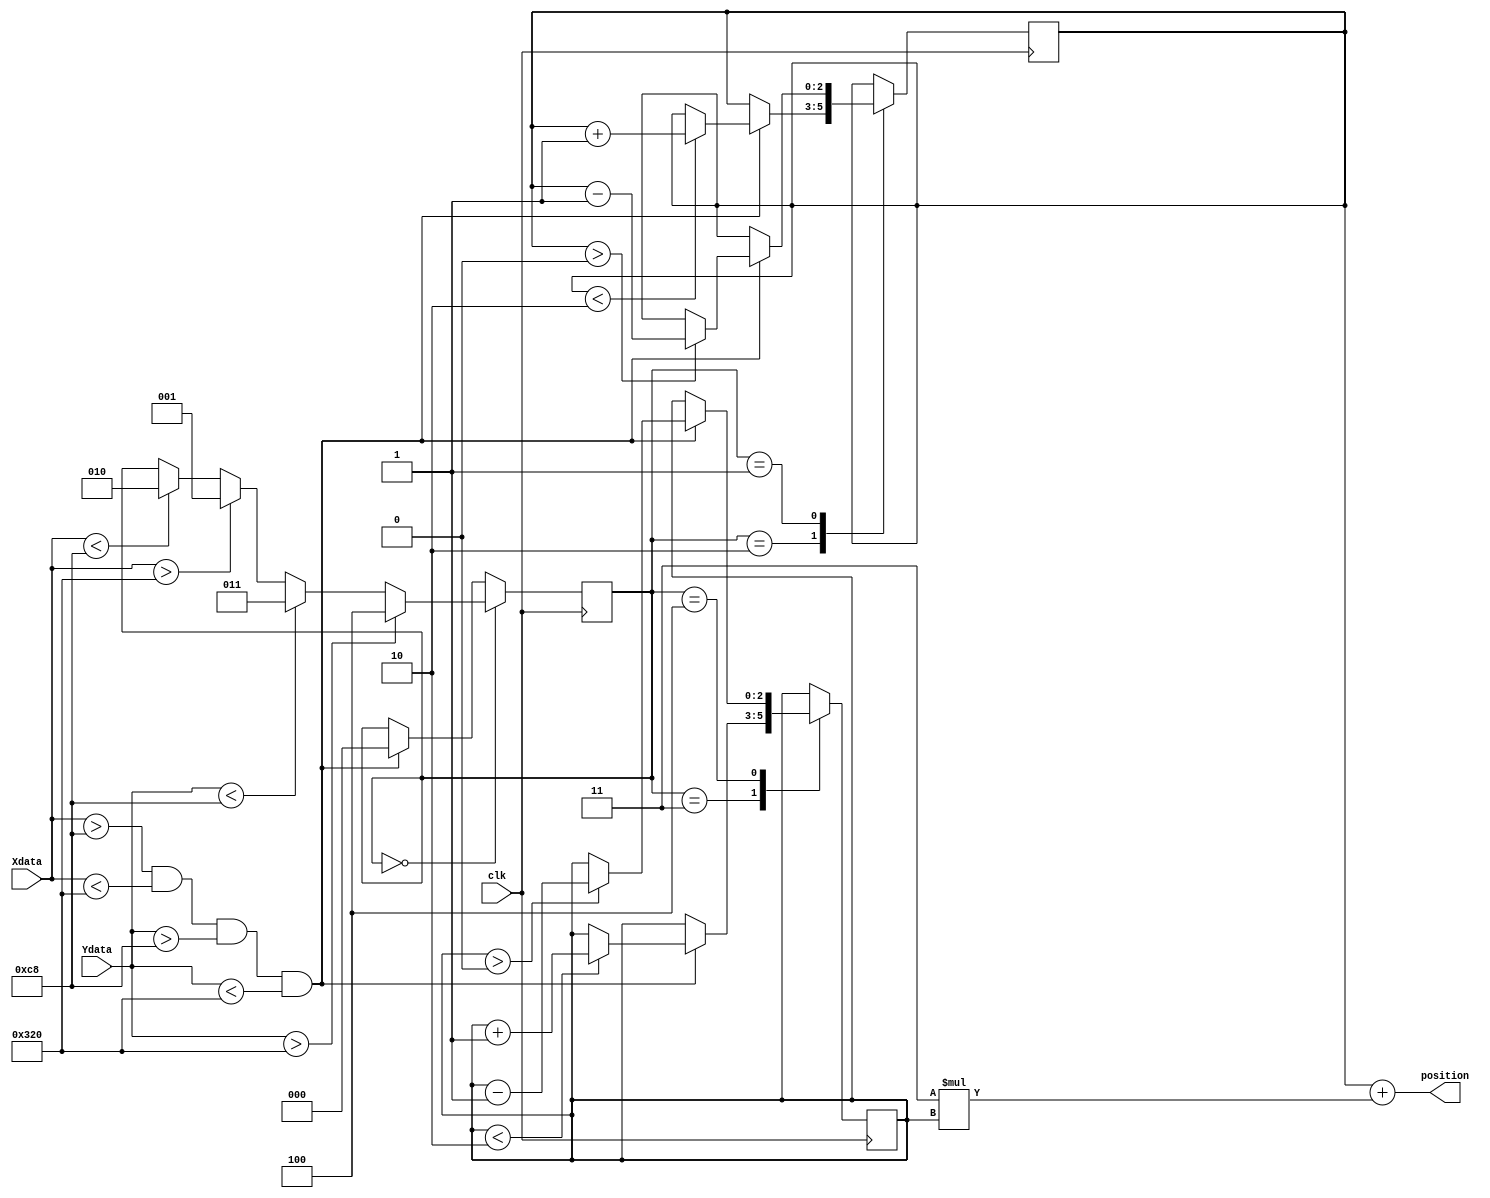
`timescale 1ns / 1ps
//////////////////////////////////////////////////////////////////////////////////
// Company: 
// Engineer: 
// 
// Design Name: 
// Module Name:    cursor_logic 
// Project Name: 
// Target Devices: 
// Tool versions: 
// Description: 
//
// Dependencies: 
//
// Revision: 
// Revision 0.01 - File Created
// Additional Comments: 
//
//////////////////////////////////////////////////////////////////////////////////
module cursor_logic(
//input
clk,
Xdata, Ydata,
//output
position
    );
input clk;
input [9:0] Xdata;
input [9:0] Ydata;
reg [2:0] Xpos = 1;
reg [2:0] Ypos = 1;
output [3:0] position;
reg [2:0] direction = 0;

`define NEUTRAL 0
`define LEFT 1
`define RIGHT 2
`define UP 3
`define DOWN 4

`define LOW_THRESH 200
`define HIGH_THRESH 800

assign position = Xpos + 3 * Ypos;

initial
begin
	Xpos <= 1;
	Ypos <= 1;
end

always @ (posedge clk)
begin

	case(direction)
		`NEUTRAL:
		begin
			if(Xdata < `LOW_THRESH)
				direction <= `RIGHT;
			if(Xdata > `HIGH_THRESH)
				direction <= `LEFT;
			if(Ydata < `LOW_THRESH)
				direction <= `UP;
			if(Ydata > `HIGH_THRESH)
				direction <= `DOWN;
		end
		`RIGHT:
		begin
			if( Xdata > `LOW_THRESH && Xdata < `HIGH_THRESH && Ydata > `LOW_THRESH && Ydata < `HIGH_THRESH )
			begin
				direction <= `NEUTRAL;
				if(Xpos < 2) Xpos <= Xpos + 1;
			end
		end
		`LEFT:
		begin
			if( Xdata > `LOW_THRESH && Xdata < `HIGH_THRESH && Ydata > `LOW_THRESH && Ydata < `HIGH_THRESH )
			begin
				direction <= `NEUTRAL;
				if(Xpos > 0) Xpos <= Xpos - 1;
			end
		end
		`UP:
		begin
			if( Xdata > `LOW_THRESH && Xdata < `HIGH_THRESH && Ydata > `LOW_THRESH && Ydata < `HIGH_THRESH )
			begin
				direction <= `NEUTRAL;
				if(Ypos < 2) Ypos <= Ypos + 1;
			end
		end
		`DOWN:
		begin
			if( Xdata > `LOW_THRESH && Xdata < `HIGH_THRESH && Ydata > `LOW_THRESH && Ydata < `HIGH_THRESH )
			begin
				direction <= `NEUTRAL;
				if(Ypos > 0) Ypos <= Ypos - 1;
			end
		end
		default:
			if( Xdata > `LOW_THRESH && Xdata < `HIGH_THRESH && Ydata > `LOW_THRESH && Ydata < `HIGH_THRESH )
				direction <= `NEUTRAL;
	endcase

/*
0 : 1 : 2
3 : 4 : 5
6 : 7 : 8
*/

end

endmodule